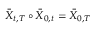
\bar { X } _ { t , T } \circ \bar { X } _ { 0 , t } = \bar { X } _ { 0 , T }